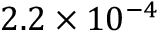
2 . 2 \times 1 0 ^ { - 4 }